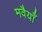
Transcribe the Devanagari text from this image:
मवैयाँ